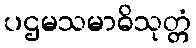
ပဌမသမာဓိသုတ္တံ